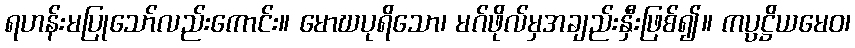
ရဟန်းမပြုသော်လည်းကောင်း။ မောဃပုရိသော၊ မဂ်ဖိုလ်မှအချည်းနှီးဖြစ်၍။ ကပ္ပဋ္ဌိယမေဝ၊